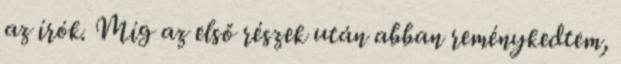
az írók. Míg az első részek után abban reménykedtem,